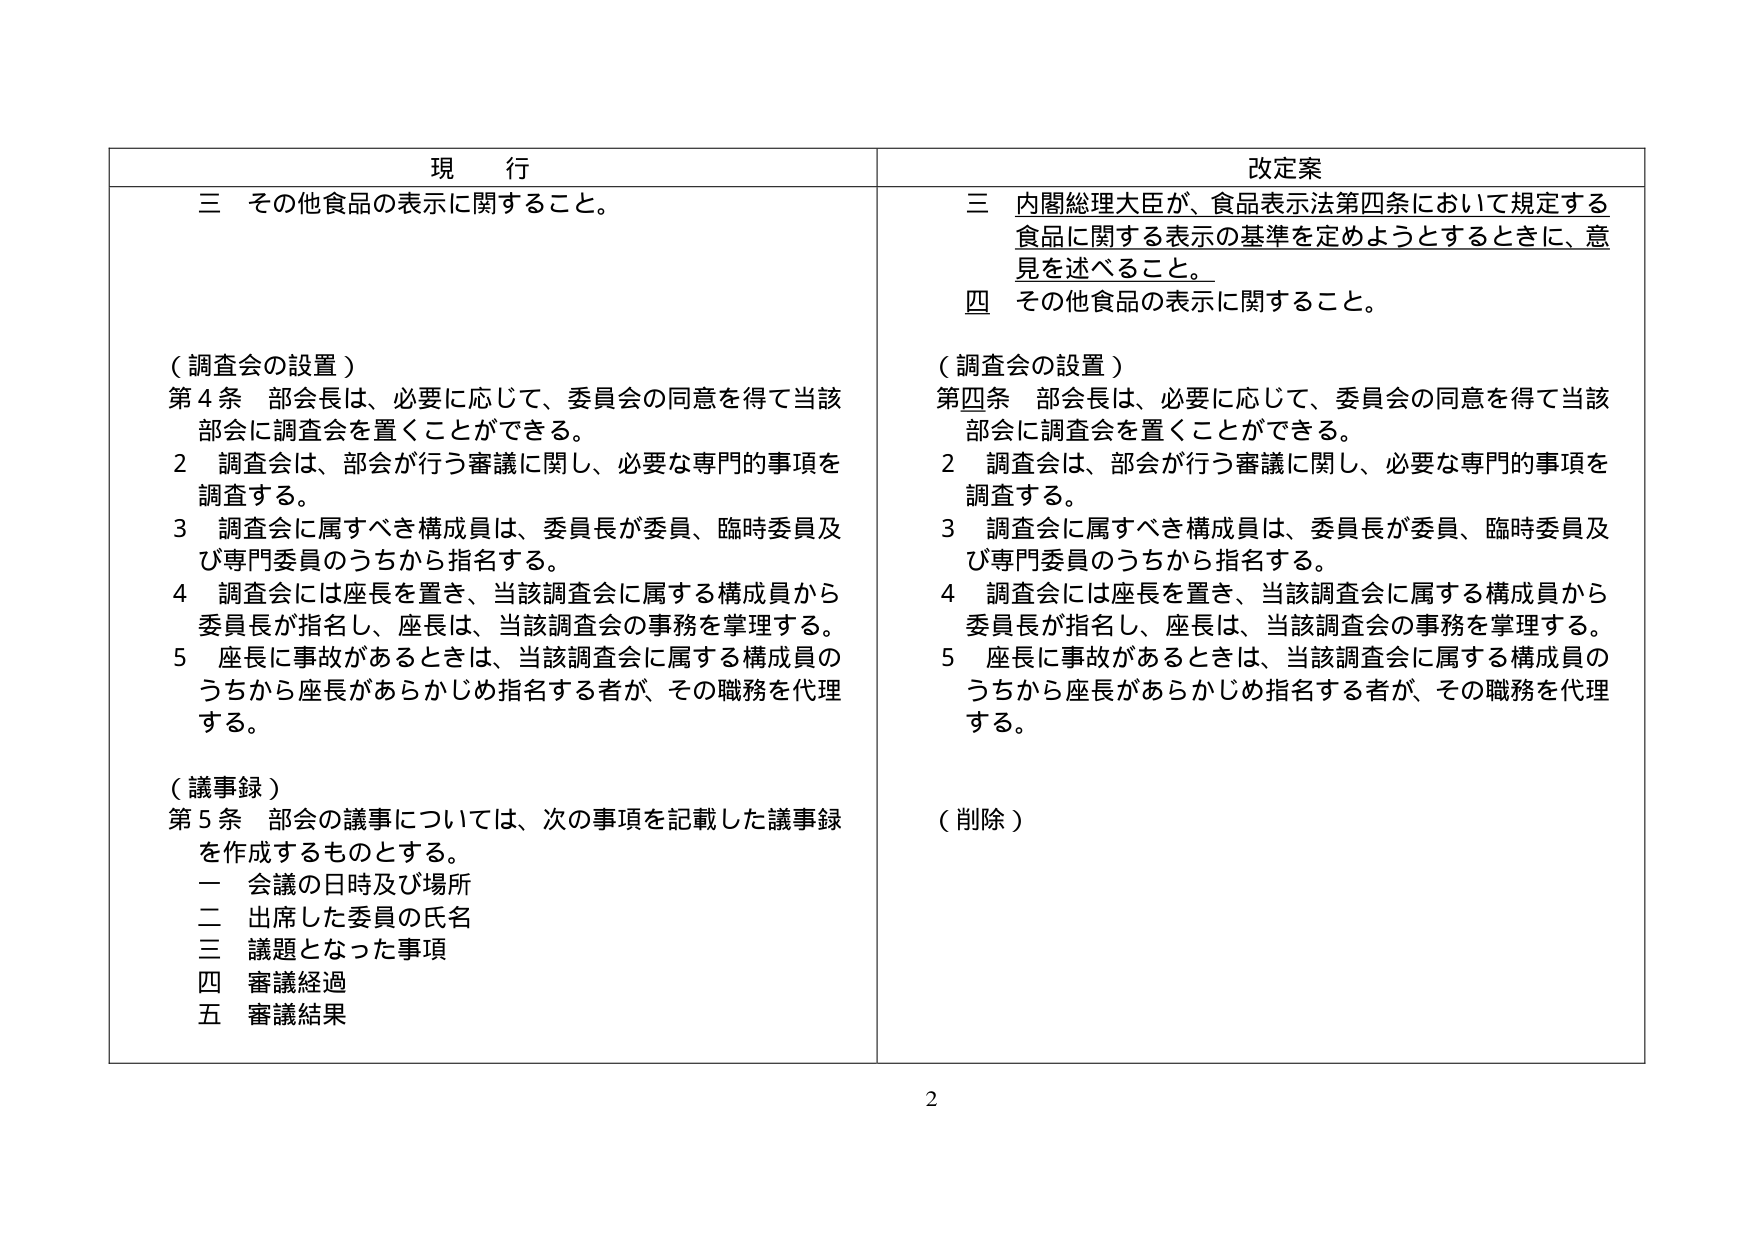
現 行
三 その他食品の表示に関すること。

（調査会の設置）
第４条 部会長は、必要に応じて、委員会の同意を得て当該
部会に調査会を置くことができる。
２ 調査会は、部会が行う審議に関し、必要な専門的事項を
調査する。
３ 調査会に属すべき構成員は、委員長が委員、臨時委員及
び専門委員のうちから指名する。
４ 調査会には座長を置き、当該調査会に属する構成員から
委員長が指名し、座長は、当該調査会の事務を掌理する。
５ 座長に事故があるときは、当該調査会に属する構成員の
うちから座長があらかじめ指名する者が、その職務を代理
する。

（議事録）
第５条 部会の議事については、次の事項を記載した議事録
を作成するものとする。
一 会議の日時及び場所
二 出席した委員の氏名
三 議題となった事項
四 審議経過
五 審議結果

改定案
三 内閣総理大臣が、食品表示法第四条において規定する
食品に関する表示の基準を定めようとするときに、意
見を述べること。
四 その他食品の表示に関すること。

（調査会の設置）
第四条 部会長は、必要に応じて、委員会の同意を得て当該
部会に調査会を置くことができる。
２ 調査会は、部会が行う審議に関し、必要な専門的事項を
調査する。
３ 調査会に属すべき構成員は、委員長が委員、臨時委員及
び専門委員のうちから指名する。
４ 調査会には座長を置き、当該調査会に属する構成員から
委員長が指名し、座長は、当該調査会の事務を掌理する。
５ 座長に事故があるときは、当該調査会に属する構成員の
うちから座長があらかじめ指名する者が、その職務を代理
する。

（削除）

2